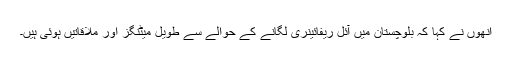
انھوں نے کہا کہ بلوچستان میں آئل ریفائینری لگانے کے حوالے سے طویل میٹنگز اور ملاقاتیں ہوئی ہیں۔